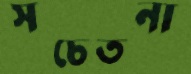
সচেতনা